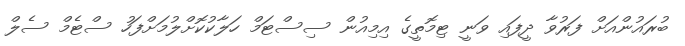
ބުރައުންއަށް ފަރުވާ ދީފައި ވަނީ ޓިމޮތީގެ އިމިއުން ސިސްޓަމް ހަލާކުކޮށްލުމަށްފަހު ސްޓެމް ސެލް